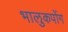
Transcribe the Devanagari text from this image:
भालुकपोंग